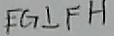
E G \bot F H